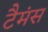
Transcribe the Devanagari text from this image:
टैमंस